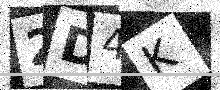
Text: 2D4K